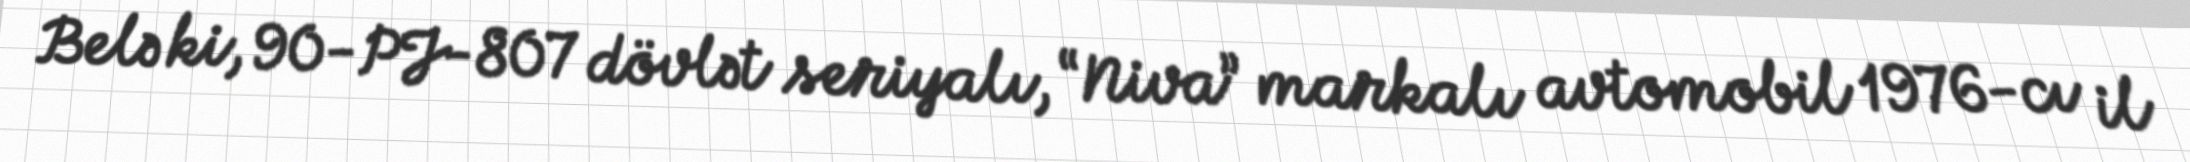
Belə ki, 90-PJ-807 dövlət seriyalı, “Niva” markalı avtomobil 1976-cı il